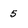
Character: 5